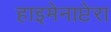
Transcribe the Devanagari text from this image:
हाइमेनाप्टेरा